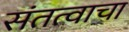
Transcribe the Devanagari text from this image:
संतत्वाचा